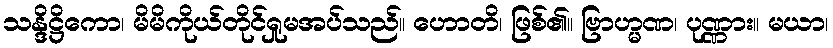
သန္ဒိဋ္ဌိကော၊ မိမိကိုယ်တိုင်ရှုမအပ်သည်။ ဟောတိ၊ ဖြစ်၏။ ဗြာဟ္မဏ၊ ပုဏ္ဏား။ မယာ၊